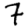
Digit: 7